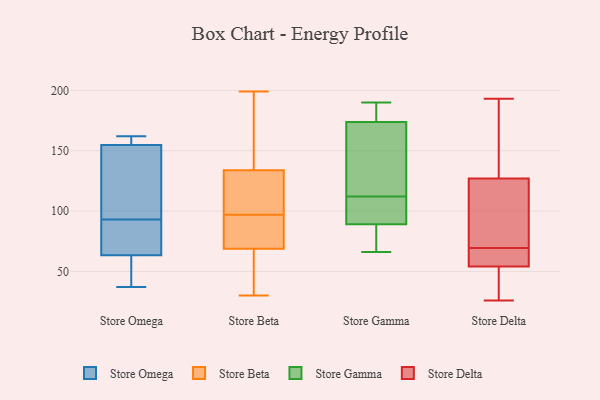
{"axis": {"x": "Satisfaction Score", "y": "Value"}, "legend": ["Store Beta", "Store Delta", "Store Gamma", "Store Omega"], "data": [{"x": "", "y": 162, "type": "Store Omega"}, {"x": "", "y": 37, "type": "Store Omega"}, {"x": "", "y": 121, "type": "Store Omega"}, {"x": "", "y": 157, "type": "Store Omega"}, {"x": "", "y": 65, "type": "Store Omega"}, {"x": "", "y": 154, "type": "Store Omega"}, {"x": "", "y": 63, "type": "Store Omega"}, {"x": "", "y": 55, "type": "Store Omega"}, {"x": "", "y": 93, "type": "Store Omega"}, {"x": "", "y": 155, "type": "Store Omega"}, {"x": "", "y": 82, "type": "Store Omega"}, {"x": "", "y": 72, "type": "Store Beta"}, {"x": "", "y": 139, "type": "Store Beta"}, {"x": "", "y": 130, "type": "Store Beta"}, {"x": "", "y": 91, "type": "Store Beta"}, {"x": "", "y": 39, "type": "Store Beta"}, {"x": "", "y": 132, "type": "Store Beta"}, {"x": "", "y": 199, "type": "Store Beta"}, {"x": "", "y": 84, "type": "Store Beta"}, {"x": "", "y": 97, "type": "Store Beta"}, {"x": "", "y": 30, "type": "Store Beta"}, {"x": "", "y": 128, "type": "Store Beta"}, {"x": "", "y": 175, "type": "Store Beta"}, {"x": "", "y": 59, "type": "Store Beta"}, {"x": "", "y": 176, "type": "Store Gamma"}, {"x": "", "y": 68, "type": "Store Gamma"}, {"x": "", "y": 95, "type": "Store Gamma"}, {"x": "", "y": 95, "type": "Store Gamma"}, {"x": "", "y": 66, "type": "Store Gamma"}, {"x": "", "y": 112, "type": "Store Gamma"}, {"x": "", "y": 93, "type": "Store Gamma"}, {"x": "", "y": 190, "type": "Store Gamma"}, {"x": "", "y": 122, "type": "Store Gamma"}, {"x": "", "y": 155, "type": "Store Gamma"}, {"x": "", "y": 184, "type": "Store Gamma"}, {"x": "", "y": 77, "type": "Store Gamma"}, {"x": "", "y": 173, "type": "Store Gamma"}, {"x": "", "y": 33, "type": "Store Delta"}, {"x": "", "y": 152, "type": "Store Delta"}, {"x": "", "y": 59, "type": "Store Delta"}, {"x": "", "y": 127, "type": "Store Delta"}, {"x": "", "y": 72, "type": "Store Delta"}, {"x": "", "y": 193, "type": "Store Delta"}, {"x": "", "y": 54, "type": "Store Delta"}, {"x": "", "y": 26, "type": "Store Delta"}, {"x": "", "y": 67, "type": "Store Delta"}, {"x": "", "y": 97, "type": "Store Delta"}]}